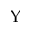
\Upsilon